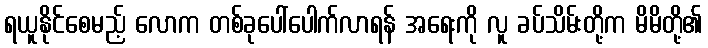
ရယူနိုင်စေမည့် လောက တစ်ခုပေါ်ပေါက်လာရန် အရေးကို လူ ခပ်သိမ်းတို့က မိမိတို့၏